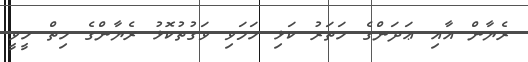
ރެޔާން އާއި ޢަދަންގެ ހަތަރު ކަޅި ހަމަވި ވަގުތުކޮޅު ރެޔާންގެ ހިތް ހީވީ